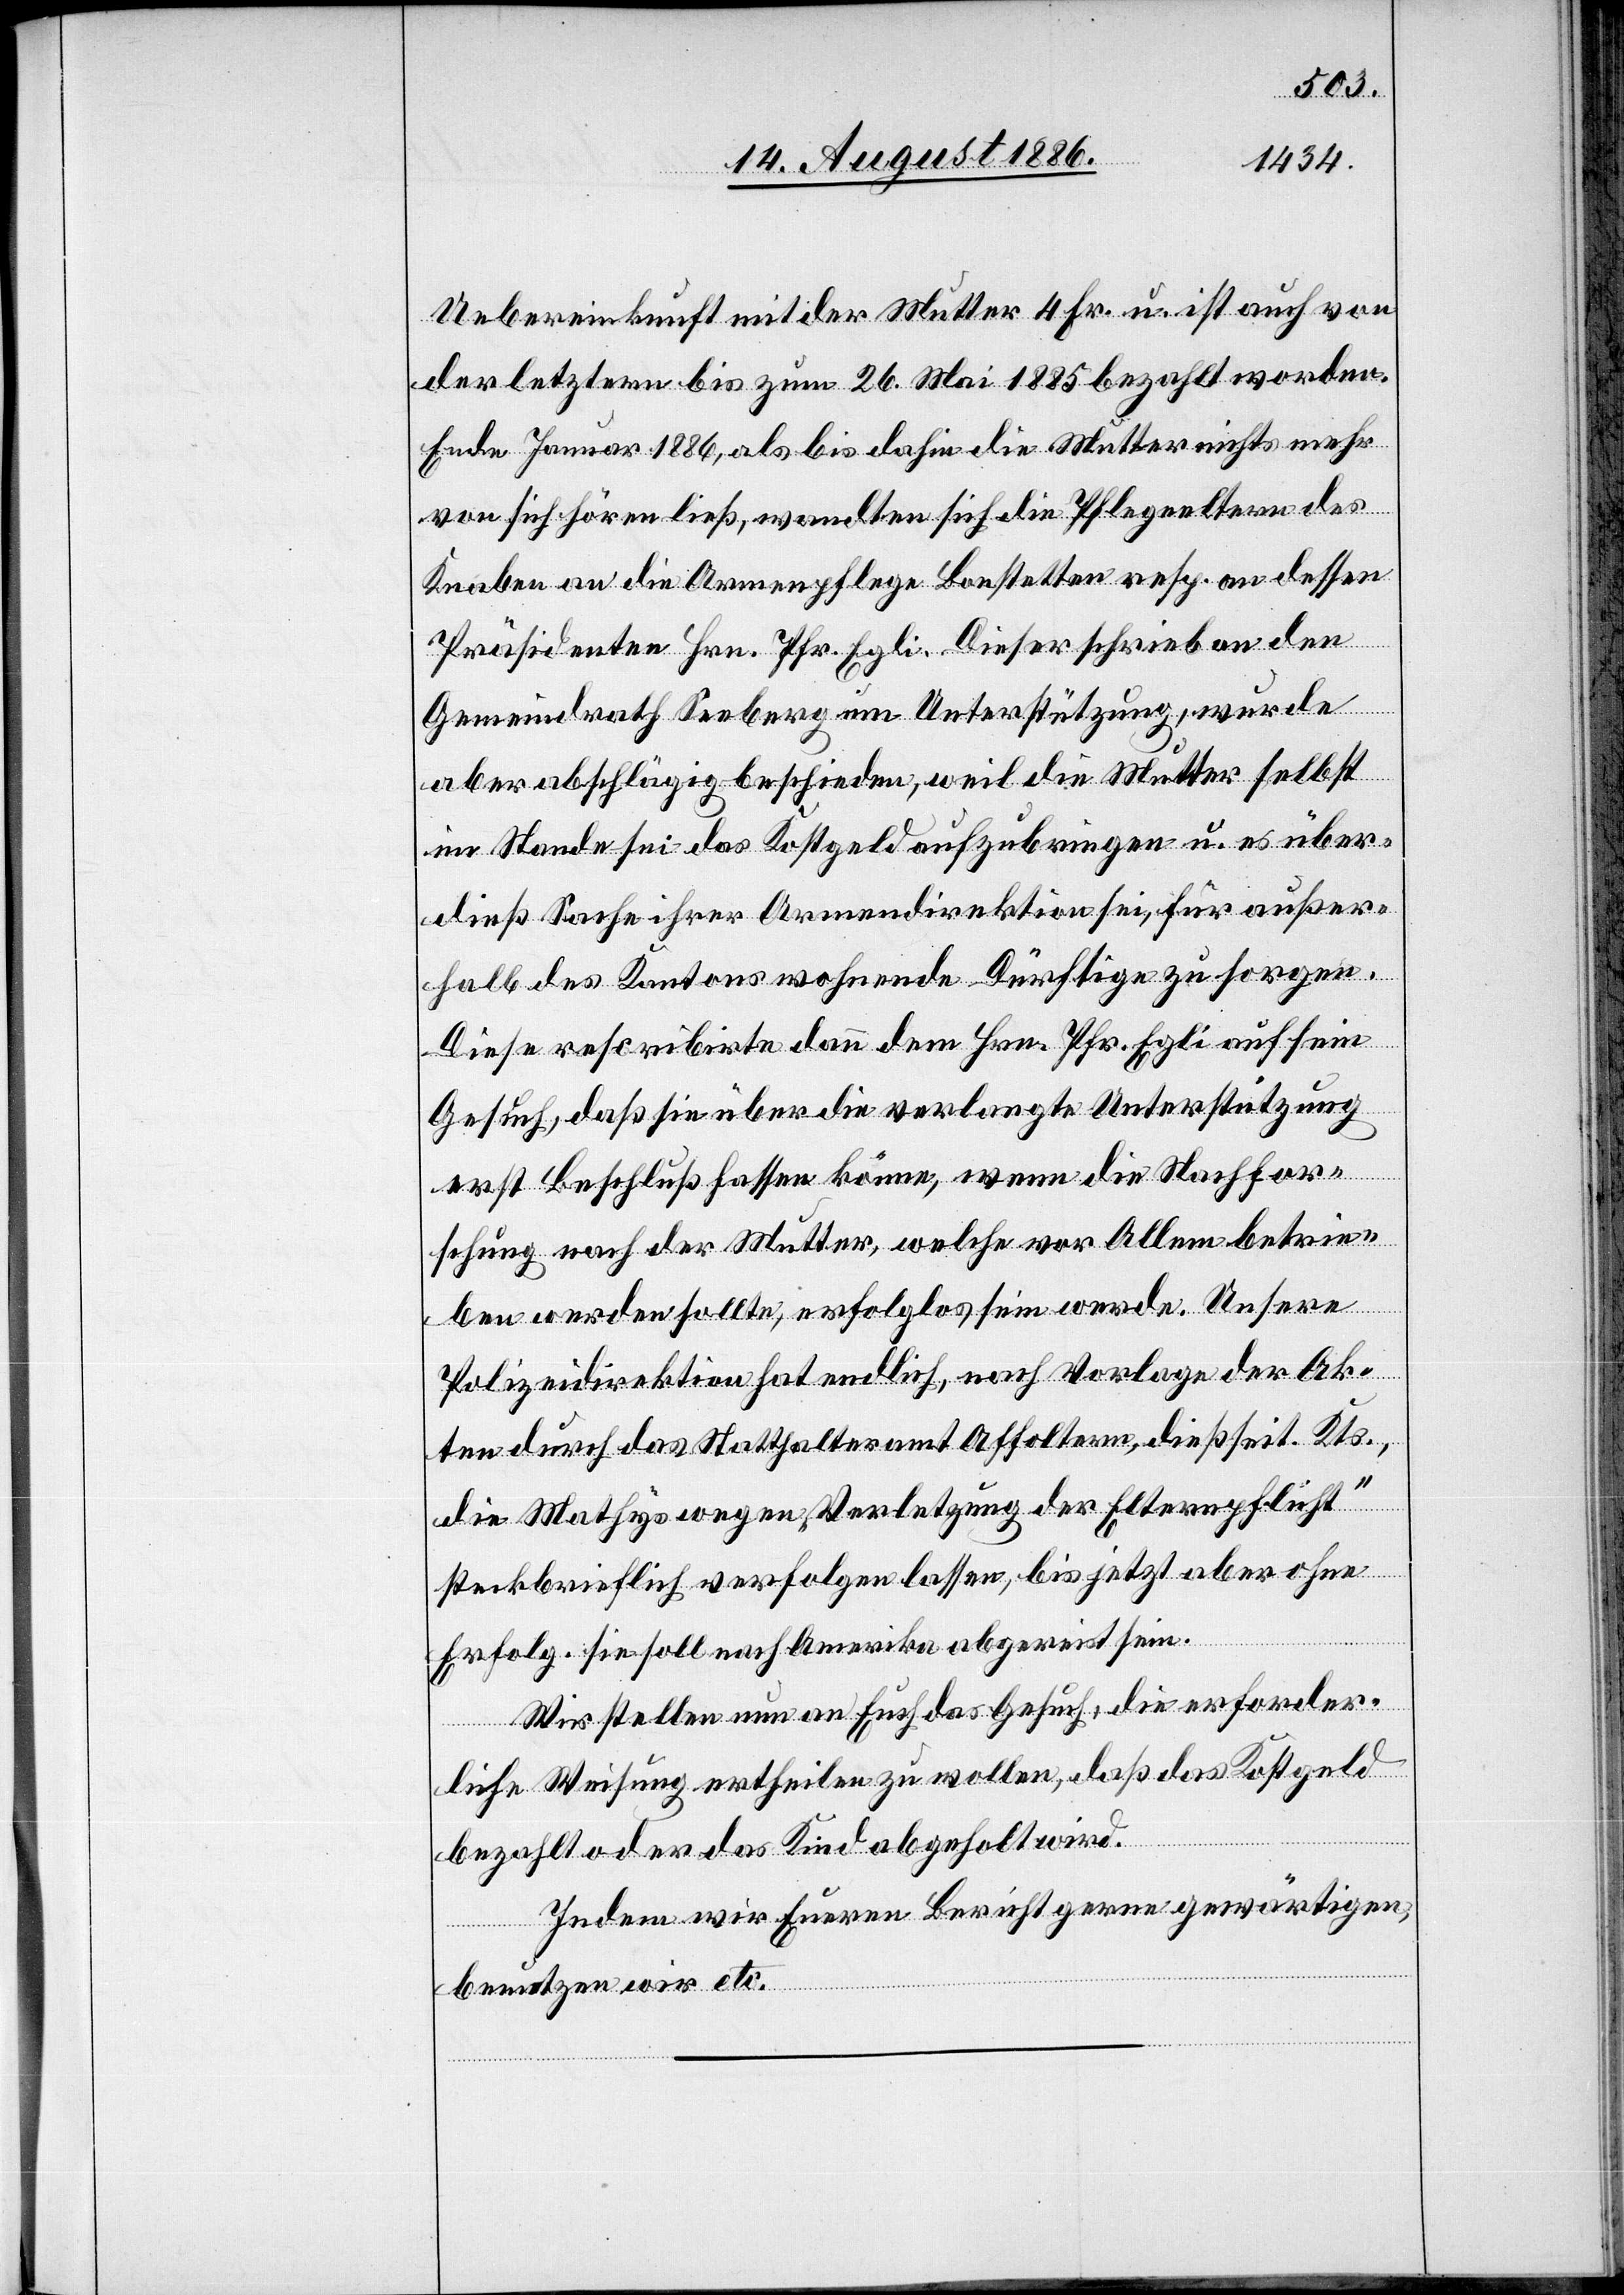
Uebereinkunft mit der Mutter 4 Fr. u. ist auch von
der letztern bis zum 26. Mai 1885 bezahlt worden.
Ende Januar 1886, als bis dahin die Mutter nichts mehr
von sich hören ließ, wandten sich die Pflegeeltern des
Knaben an die Armenpflege Bonstetten resp. an dessen
Präsidenten Hrn. Pfr. Egli. Dieser schrieb an den
Gemeindrath Seeberg um Unterstützung, wurde
aber abschlägig beschieden, weil die Mutter selbst
im Stande sei das Kostgeld aufzubringen u. es über¬
dieß Sache ihrer Armendirektion sei, für außer¬
halb des Kantons wohnende Dürftige zu sorgen.
Diese rescribirte dann dem Hrn. Pfr. Egli auf sein
Gesuch, daß sie über die verlangte Unterstützung
erst Beschluß fassen könne, wenn die Nachfor¬
schung nach der Mutter, welche vor Allem betrie¬
ben werden sollte, erfolglos sein werde. Unsere
Polizeidirektion hat endlich, nach Vorlage der Ak¬
ten durch das Statthalteramt Affoltern, dießseit. Kts.,
die Mathys wegen „Verletzung der Elternpflicht“
steckbrieflich verfolgen lassen, bis jetzt aber ohne
Erfolg. Sie soll nach Amerika abgereist sein.
Wir stellen nun an Euch das Gesuch, die erforder¬
liche Weisung ertheilen zu wollen, daß das Kostgeld
bezahlt oder das Kind abgeholt wird.
Indem wie Eueren Bericht gerne gewärtigen,
benutzen wir etc.“